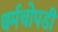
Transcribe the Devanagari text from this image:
धर्मचोपडी